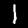
Digit: 1